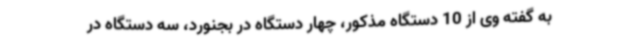
به گفته وی از 10 دستگاه مذکور، چهار دستگاه در بجنورد، سه دستگاه در